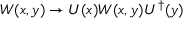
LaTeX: W ( x , y ) \rightarrow U ( x ) W ( x , y ) U ^ { \dagger } ( y )